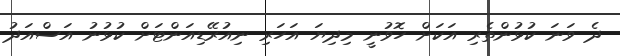
ދެ ވަނަ ކުޅުންތެރި އަކަށް ހޮވުނީ މިދިޔަ އަހަރި ނިއުރޭޑިއަންޓަށް ކުޅުނު އަސްއަދު